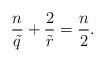
\begin{align*}\frac{n}{\tilde{q}}+\frac{2}{\tilde{r}}=\frac{n}{2}.\end{align*}